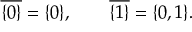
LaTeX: { \overline { { \{ 0 \} } } } = \{ 0 \} , \qquad { \overline { { \{ 1 \} } } } = \{ 0 , 1 \} .